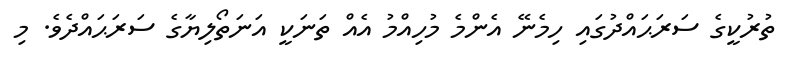
ތުރުކީގެ ސަރަޙައްދުގައި ހިމެނޭ އެންމެ މުހިއްމު އެއް ތަނަކީ އަނަތޯލިޔާގެ ސަރަޙައްދެވެ. މި